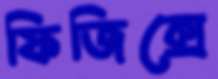
ফিজিক্সে